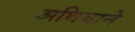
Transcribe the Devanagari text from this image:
अथियाने